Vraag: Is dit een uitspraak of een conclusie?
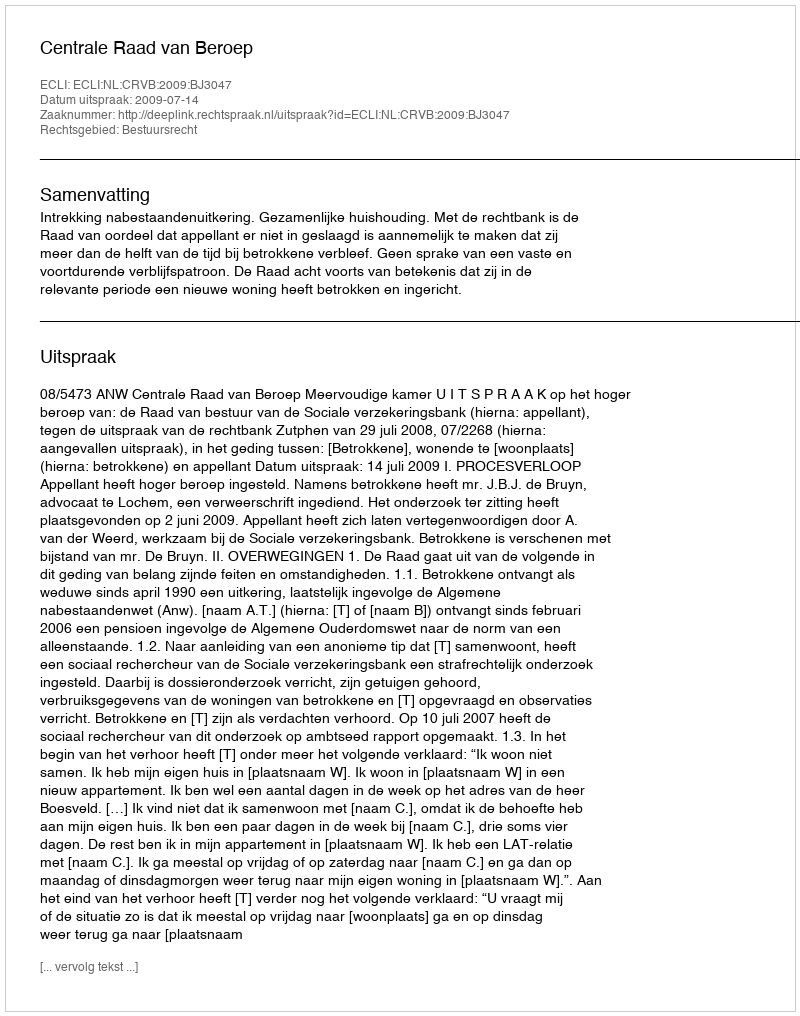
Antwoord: Uitspraak